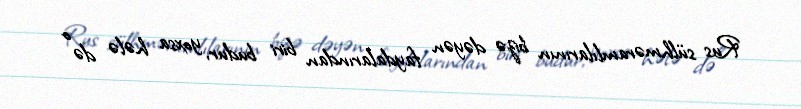
Rus sülhməramlılarının bizə dəyən faydalarından biri budur, yoxsa hələ də o